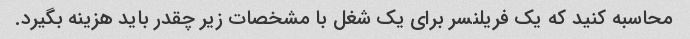
محاسبه کنید که یک فریلنسر برای یک شغل با مشخصات زیر چقدر باید هزینه بگیرد.